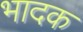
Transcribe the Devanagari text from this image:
भादक